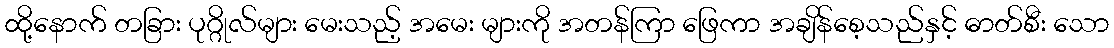
ထို့နောက် တခြား ပုဂ္ဂိုလ်များ မေးသည့် အမေး များကို အတန်ကြာ ဖြေကာ အချိန်စေ့သည်နှင့် ဓာတ်စီး သော